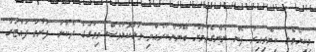
މިކިޔެވެލި ކިޔެވިއިރު ފެން ނެންގެވުމަށް ބޭނުންކުރެއްވި ވަޅުކޮޅުވެސް މިމަގުގެ ދެކުނު ފަރާތު ފުއްޓަރާ